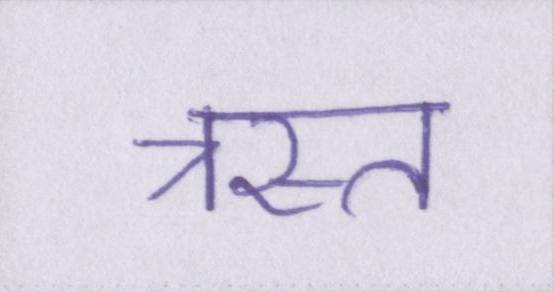
त्रस्त